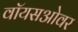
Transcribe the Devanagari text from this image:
वॉयसओवर